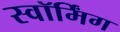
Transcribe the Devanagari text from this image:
स्वॉर्मिंग